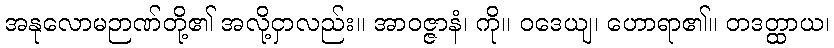
အနုလောမဉာဏ်တို့၏ အလို့ငှာလည်း။ အာဝဇ္ဇာနံ၊ ကို။ ဝဒေယျ၊ ဟောရာ၏။ တဒတ္ထာယ၊